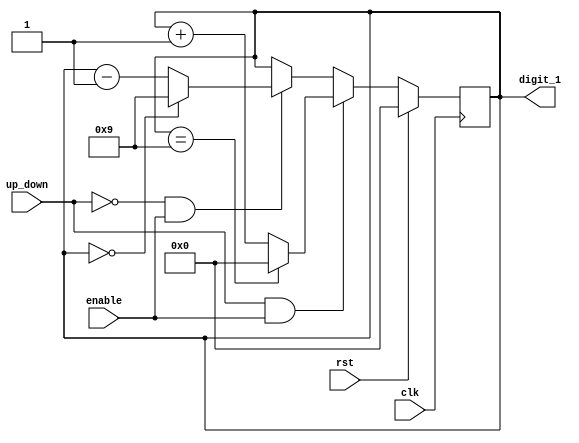
`timescale 1ns / 1ps

module up_down_counter(clk, rst, enable, up_down, digit_1);

input clk, rst, enable, up_down;
output reg [3:0] digit_1;

always@(posedge clk) begin
	
	if(rst == 1'b1) begin // RESET
		
		digit_1 <= 4'b0000;
	
	end
	else if(up_down == 1'b1 && enable == 1'b1) begin // COUNT UP
		
		if(digit_1 == 4'b1001) begin
		
			digit_1 <= 4'b0000;

		end
		else begin
		
			digit_1 <= digit_1 + 1'b1;
		
		end
	
	end
	else if(up_down == 1'b0 && enable == 1'b1) begin // COUNT DOWN
		
		if(digit_1 == 4'b0000) begin
		
			digit_1 <= 4'b1001;

		end
		else begin
		
			digit_1 <= digit_1 - 1'b1;
		
		end
	
	end
	else begin
	
		digit_1 <= digit_1;
		
	end

end

endmodule